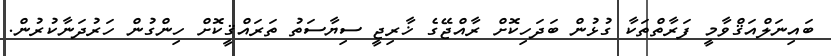
ބައިނަލްއަޤްވާމީ ފަރާތްތަކާ ގުޅުން ބަދަހިކޮށް ރާއްޖޭގެ ޚާރިޖީ ސިޔާސަތު ތަރައްޤީކޮށް ހިންގުން ހަރުދަނާކުރުން.